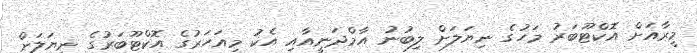
މީރާއަށް އޮކްޓޫބަރު މަހުގެ ނިޔަލަށް ލިބުނު އާމްދަނީއާއި އެކު މިއަހަރުގެ އޮކްޓޫބަރުގެ ނިޔަލަށް